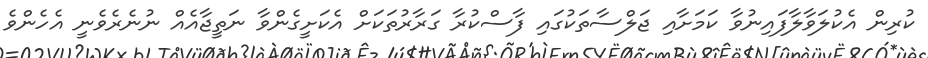
ކުރިން އެކުލަވާލާފައިނުވާ ކަމަށާއި ޖަލްސާތަކުގައި ފާސްކުރާ ގަރާރުތަކަށް އެކަށީގެންވާ ނަތީޖާއެއް ނުނެރެވެނީ އެހެންވެ